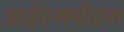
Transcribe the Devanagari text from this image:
आईएमपीएम